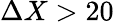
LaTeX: \Delta X>20